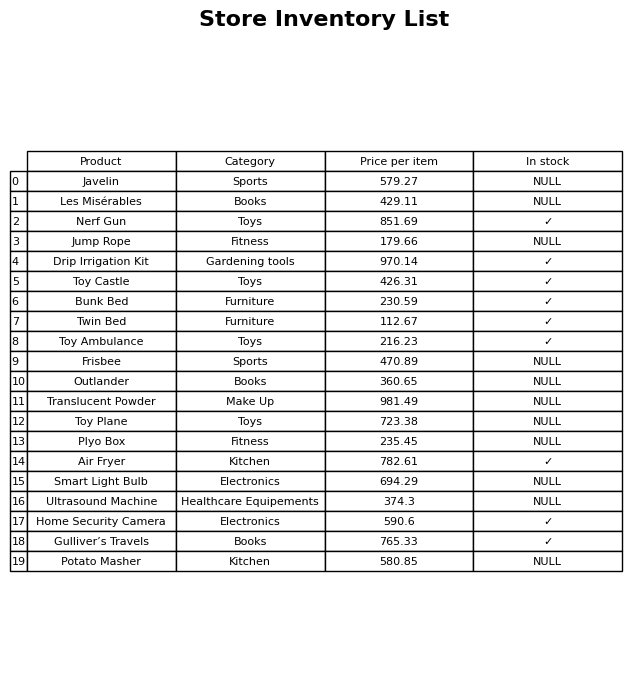
question: What is the price of the Drip Irrigation Kit?
answer: The price of Drip Irrigation Kit is 970.14.